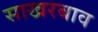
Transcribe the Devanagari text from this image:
साखरबाव